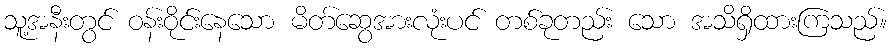
သူ့အနီးတွင် ဝန်းဝိုင်းနေသော မိတ်ဆွေအားလုံးပင် တစ်ခုတည်း သော အသိရှိထားကြသည်။